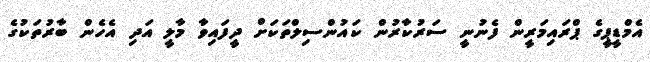
އެމްޑީޕީގެ ޕްރައިމަރީން ފެނުނީ ސަރުކާރުން ކައުންސިލްތަކަށް ދީފައިވާ މާލީ އަދި އެހެން ބާރުތަކުގެ